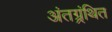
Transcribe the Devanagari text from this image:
अंतग्र्रंथित